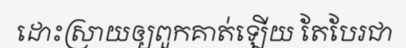
ដោះស្រាយឲ្យពួកគាត់ឡើយ តែបែរជា